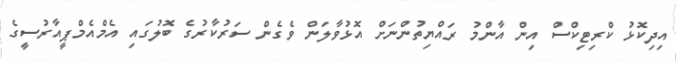
އިދިކޮޅު ކްރިޓިކްސް އިން އާންމު ރައްޔިތުންނަށް އޮޅުވާލަން ވެގެން ސަރުކާރުގެ ބޮލުގައި އެމްއެމްޕީއާރުސީގެ